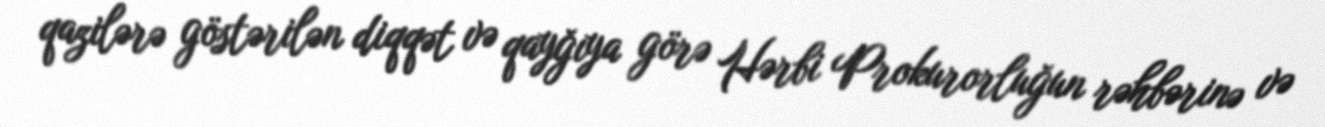
qazilərə göstərilən diqqət və qayğıya görə Hərbi Prokurorluğun rəhbərinə və